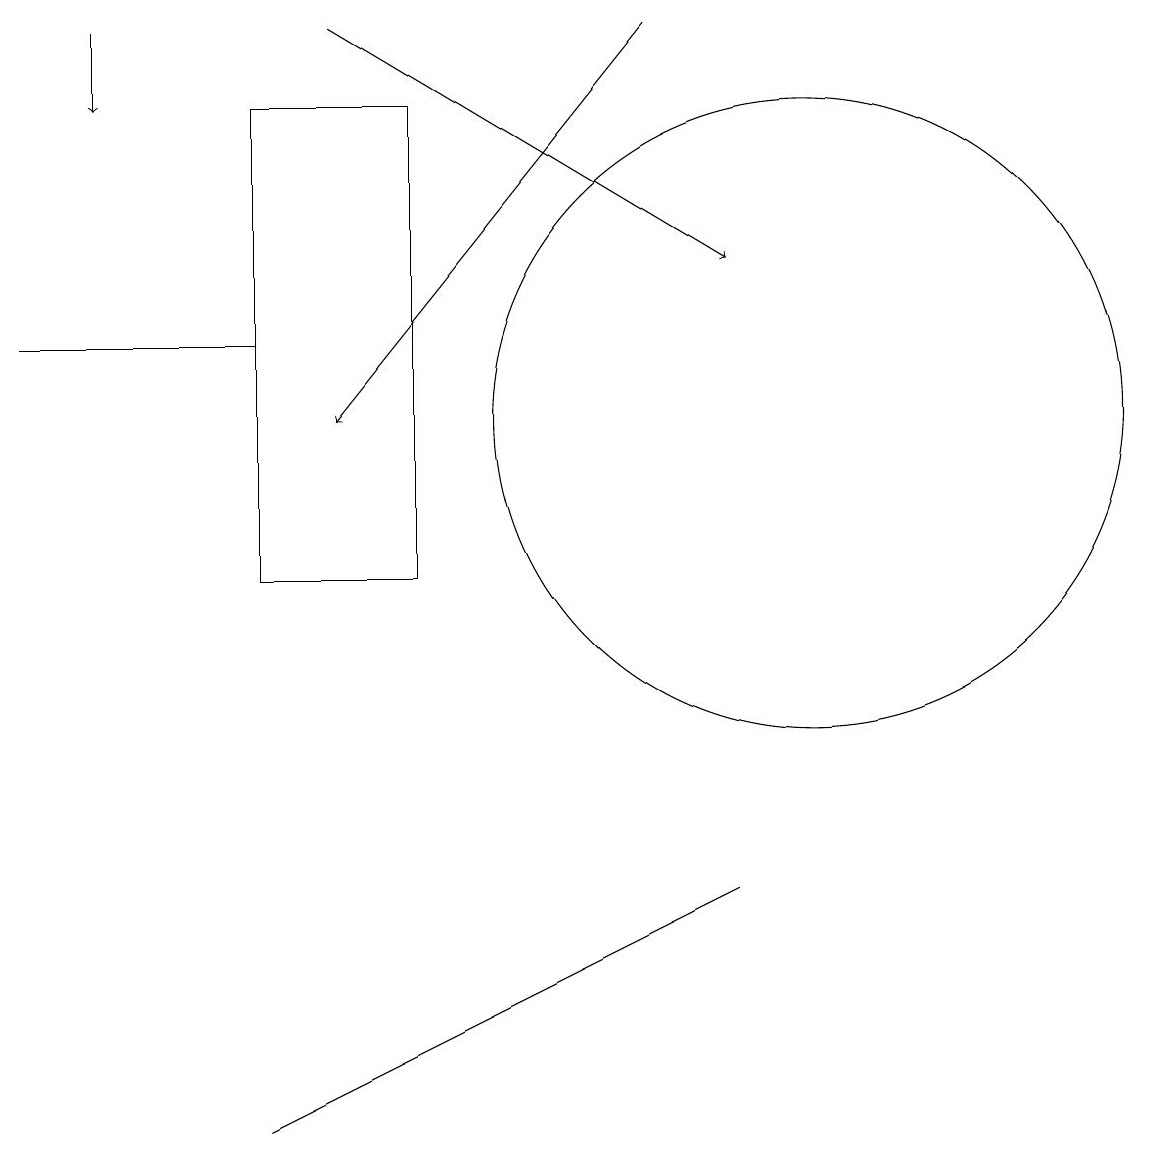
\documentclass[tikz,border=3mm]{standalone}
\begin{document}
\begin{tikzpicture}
\draw (7,5) -- (9,6) -- (3,3) -- cycle;
\draw[->] (1,17) -- (1,16);
\draw[->] (8,17) -- (4,12);
\draw[->] (4,17) -- (9,14);
\draw (3,13) rectangle (0,13);
\draw (10,12) circle (4);
\draw (5,10) rectangle (3,16);
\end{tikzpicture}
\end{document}